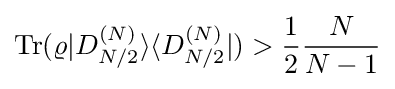
{\rm {Tr}}(\varrho |D_{N/2}^{(N)}\rangle \langle D_{N/2}^{(N)}|)>{\frac {1}{2}}{\frac {N}{N-1}}